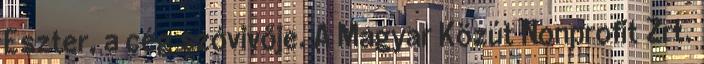
Eszter, a cég szóvivője. A Magyar Közút Nonprofit Zrt.